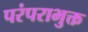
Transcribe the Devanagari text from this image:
परंपराभुक्त